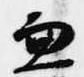
兼